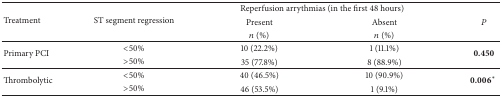
<table><thead><tr><td rowspan="3"><b> Treatment</b></td><td rowspan="3"><b>ST segment regression</b></td><td colspan="2"><b>Reperfusion arrythmias (in the first 48 hours)</b></td><td><b><i>P</i></b></td></tr><tr><td><b>Present</b></td><td><b>Absent</b></td></tr><tr><td><b><i>n</i> (%)</b></td><td><b><i>n</i> (%)</b></td></tr></thead><tbody><tr><td rowspan="2">Primary PCI</td><td>&lt;50%</td><td>10 (22.2%)</td><td>1 (11.1%)</td><td rowspan="2"><b>0.450</b></td></tr><tr><td>&gt;50%</td><td>35 (77.8%)</td><td>8 (88.9%)</td></tr><tr><td rowspan="2">Thrombolytic </td><td>&lt;50%</td><td>40 (46.5%)</td><td>10 (90.9%)</td><td rowspan="2"><b>0.006</b>*</td></tr><tr><td>&gt;50%</td><td>46 (53.5%)</td><td>1 (9.1%)</td></tr></tbody></table>